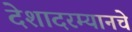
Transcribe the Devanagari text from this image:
देशादरम्यानचे